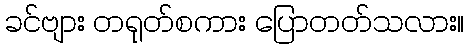
ခင်ဗျား တရုတ်စကား ပြောတတ်သလား။